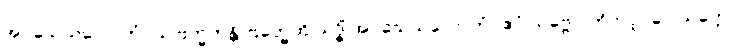
အဝသေသလောကံ။ သဗြဟ္မကန္တိ ဗြဟ္မေဟိ သဒ္ဓိံ အဝသေသလောကံ။ ဧဝံ သဗ္ဗေပိ တိဘဝူပဂေ သတ္တေ